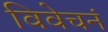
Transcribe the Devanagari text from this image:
विवेचनं